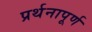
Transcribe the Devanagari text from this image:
प्रर्थनापूर्ण